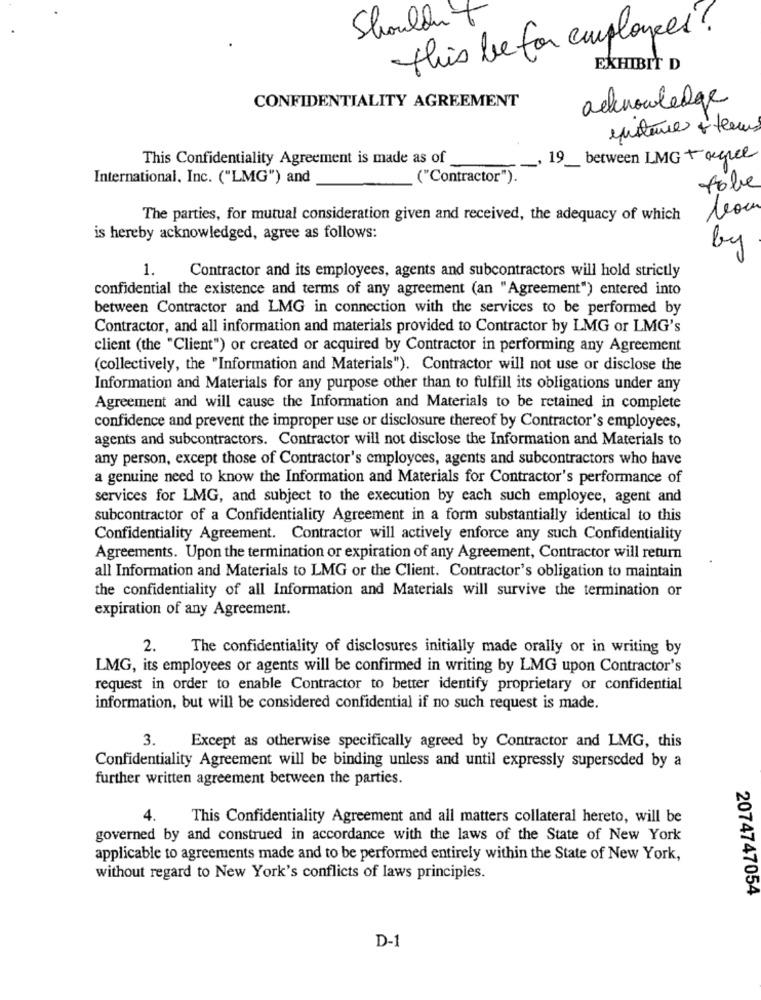
Shouldn't
this be for employees?
EXHIBIT D
CONFIDENTIALITY AGREEMENT
acknowledge
instance + teams
This Confidentiality Agreement is made as of
19 between LMG + agree
International, Inc. ("LMG") and
("Contractor").
tobe
The parties, for mutual consideration given and received, the adequacy of which
is hereby acknowledged, agree as follows:
by
1.
Contractor and its employees, agents and subcontractors will hold strictly
confidential the existence and terms of any agreement (an "Agreement") entered into
between Contractor and LMG in connection with the services to be performed by
Contractor, and all information and materials provided to Contractor by LMG or LMG's
client (the "Client") or created or acquired by Contractor in performing any Agreement
(collectively, the "Information and Materials"). Contractor will not use or disclose the
Information and Materials for any purpose other than to fulfill its obligations under any
Agreement and will cause the Information and Materials to be retained in complete
confidence and prevent the improper use or disclosure thereof by Contractor's employees,
agents and subcontractors. Contractor will not disclose the Information and Materials to
any person, except those of Contractor's employees, agents and subcontractors who have
a genuine need to know the Information and Materials for Contractor's performance of
services for LMG, and subject to the execution by each such employee, agent and
subcontractor of a Confidentiality Agreement in a form substantially identical to this
Confidentiality Agreement. Contractor will actively enforce any such Confidentiality
Agreements. Upon the termination or expiration of any Agreement, Contractor will return
all Information and Materials to LMG or the Client. Contractor's obligation to maintain
the confidentiality of all Information and Materials will survive the termination or
expiration of any Agreement.
2.
The confidentiality of disclosures initially made orally or in writing by
LMG, its employees or agents will be confirmed in writing by LMG upon Contractor's
request in order to enable Contractor to better identify proprietary or confidential
information, but will be considered confidential if no such request is made.
3.
Except as otherwise specifically agreed by Contractor and LMG, this
Confidentiality Agreement will be binding unless and until expressly superseded by a
further written agreement between the parties.
4.
This Confidentiality Agreement and all matters collateral hereto, will be
governed by and construed in accordance with the laws of the State of New York
applicable to agreements made and to be performed entirely within the State of New York,
without regard to New York's conflicts of laws principles.
2074747054
D-1